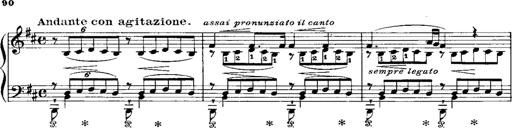
Title: RÃ©miniscences de Norma de Bellini
Composer: Franz Liszt